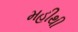
મહીથી